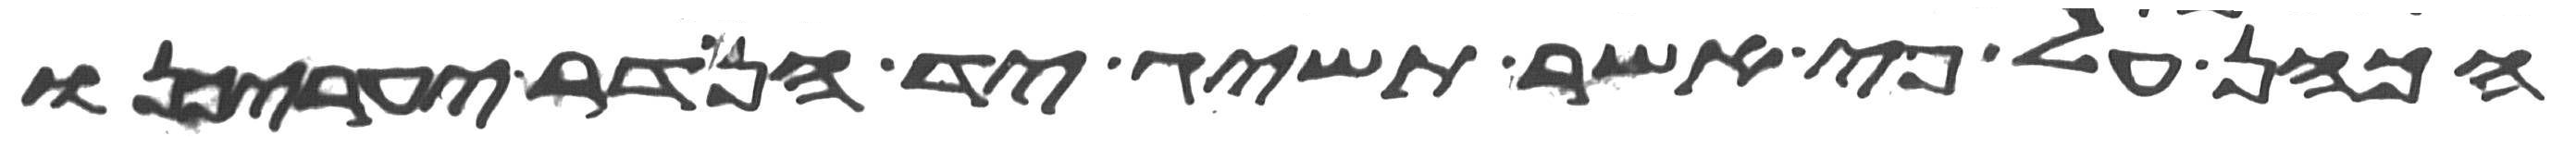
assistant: הכהן על פי אשר תשיג יד הנדר יעריכנו